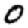
Digit: 0